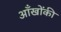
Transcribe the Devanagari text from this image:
आँखोंकी